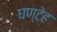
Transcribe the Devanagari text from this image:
घण्टेह